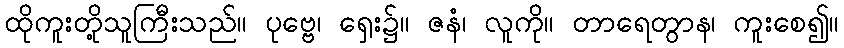
ထိုကူးတို့သူကြီးသည်။ ပုဗ္ဗေ၊ ရှေး၌။ ဇနံ၊ လူကို။ တာရေတွာန၊ ကူးစေ၍။